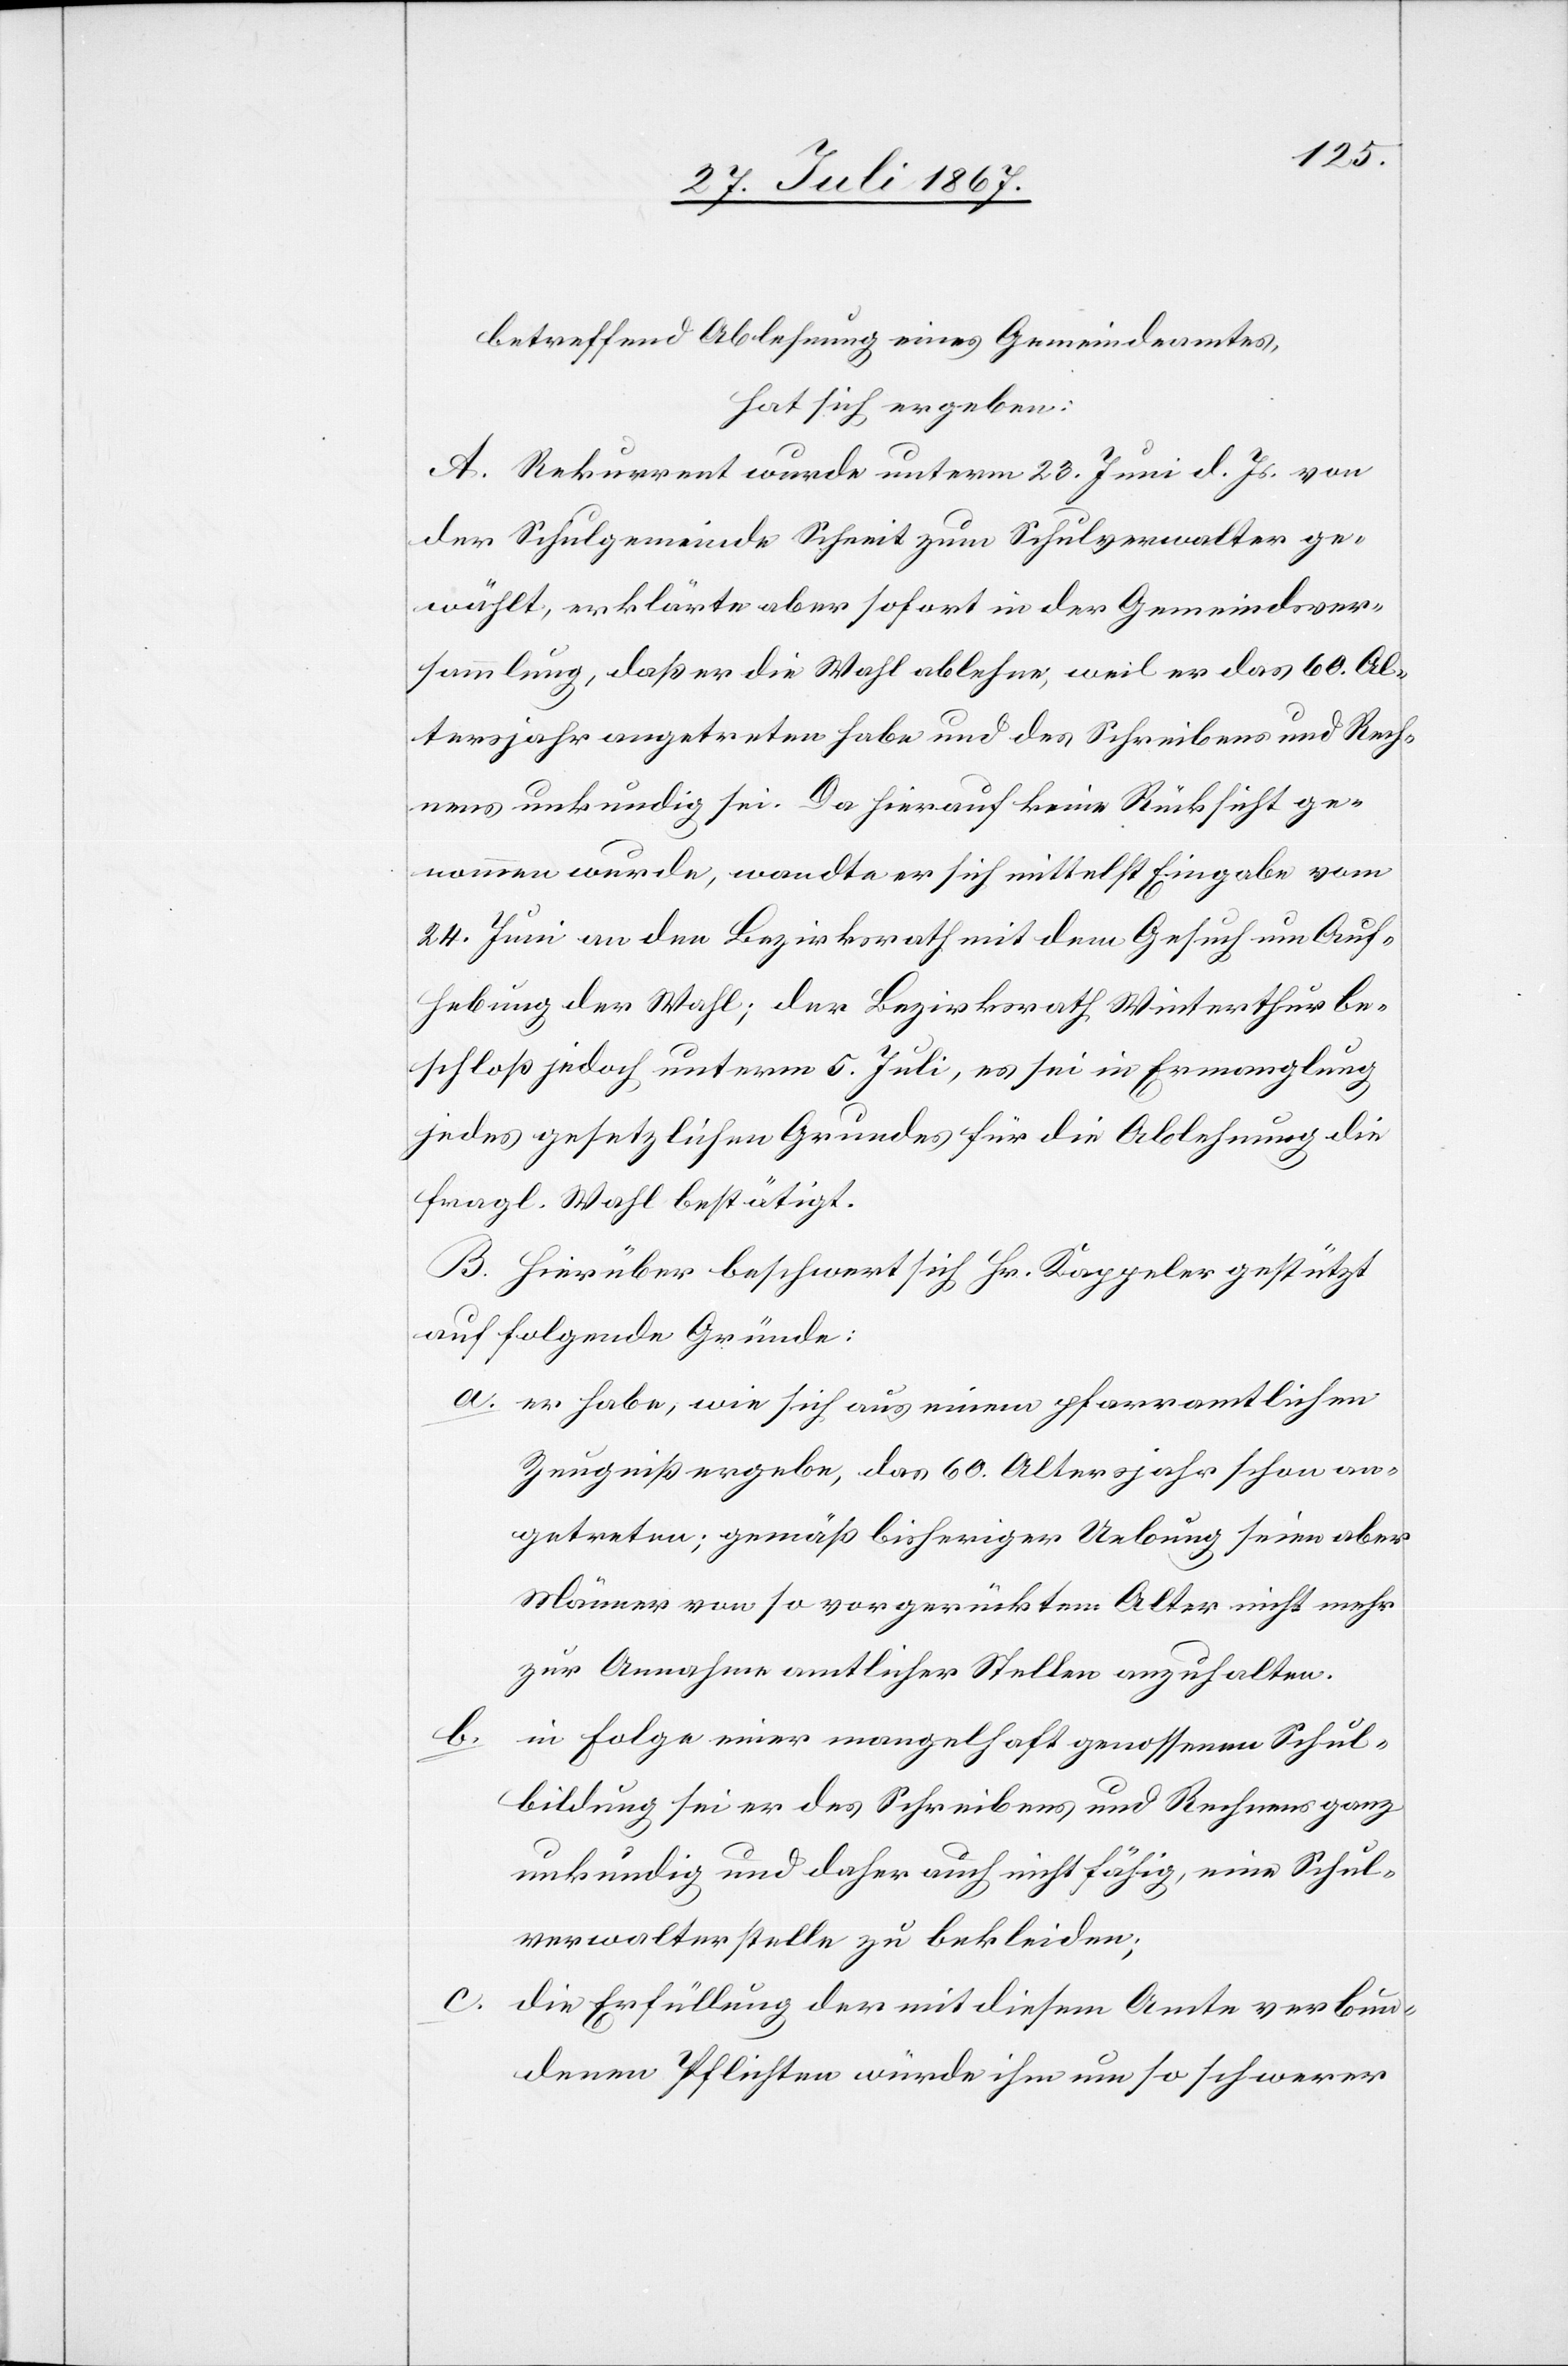
betreffend Ablehnung eines Gemeindeamtes,
hat sich ergeben:
A. Rekurrent wurde unterm 23. Juni d. Js. von
der Schulgemeinde Schneit zum Schulverwalter ge¬
wählt, erklärte aber sofort in der Gemeindever¬
sammlung, daß er die Wahl ablehne, weil er das 60. Al¬
tersjahr angetreten habe und das Schreiben und Rech¬
nen unkundig sei. Da hierauf keine Rücksicht ge¬
nommen wurde, wandte er sich mittelst Eingabe vom
24. Juni an den Bezirksrath mit dem Gesuch um Auf¬
hebung der Wahl; der Bezirksrath Winterthur be¬
schloß jedoch unterm 5. Juli, es sei in Ermanglung
jedes gesetzlichen Grundes für die Ablehnung die
fragl. Wahl bestätigt.
B. Hierüber beschwert sich Hr. Kappeler gestützt
auf folgende Grunde:
a. er habe, wie sich aus einem pfarramtlichen
Zeugniß ergebe, das 60. Altersjahr schon an¬
getreten; gemäß bisheriger Uebung seien aber
Männer von so vorgerücktem Alter nicht mehr
zur Annahme amtlicher Stellen anzuhalten.
b.
in Folge einer mangelhaft genossenen Schul¬
bildung sei er des Schreibens und Rechnens ganz
unkundig und daher auch nicht fähig, eine Schul¬
verwalterstellt zu bekleiden;
c.
die Erfüllung der mit diesem Amte verbun¬
denen Pflichten würde ihm um so schwerer